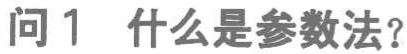
问1 什么是参数法？